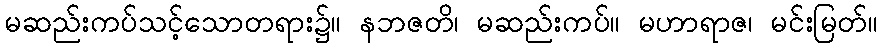
မဆည်းကပ်သင့်သောတရား၌။ နဘဇတိ၊ မဆည်းကပ်။ မဟာရာဇ၊ မင်းမြတ်။